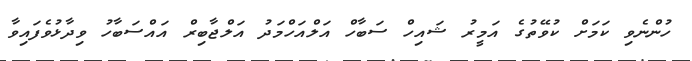
ހުންނެވި ކަމަށް ކުވޭތުގެ އަމީރު ޝައިހް ސަބާހް އަލްއަހްމަދު އަލްޖާބިރް އައްސަބާހު ވިދާޅުވެފައިވާ